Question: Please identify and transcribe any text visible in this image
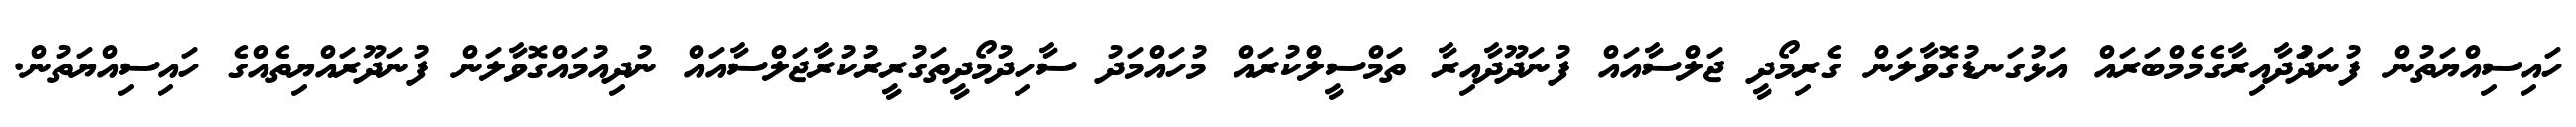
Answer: ހައިސިއްޔަތުން ފުނަދަުދާއިރާގެމެމްބަރައް އަޅުގަނޑުގޮވާލަން ގެރިމޯދީ ޖަލްސާއައް ފުނަދޫދާއިރާ ތަމްސީލްކުރައް މުހައްމަދު ސާހިދުމޯދީތަގުރީރުކުރާޖަލްސާއައް ނުދިއުމައްގޮވާލަން ފުނަދޫރައްޔިތެއްގެ ހައިސިއްޔަތުން.